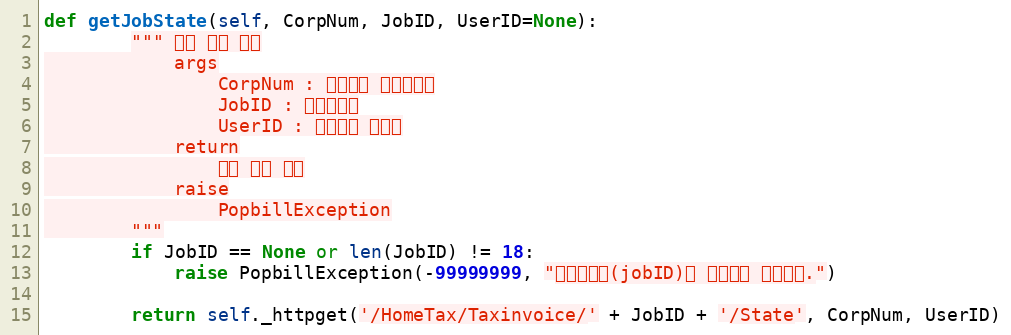
Language: Python
def getJobState(self, CorpNum, JobID, UserID=None):
        """ 수집 상태 확인
            args
                CorpNum : 팝빌회원 사업자번호
                JobID : 작업아이디
                UserID : 팝빌회원 아이디
            return
                수집 상태 정보
            raise
                PopbillException
        """
        if JobID == None or len(JobID) != 18:
            raise PopbillException(-99999999, "작업아이디(jobID)가 올바르지 않습니다.")

        return self._httpget('/HomeTax/Taxinvoice/' + JobID + '/State', CorpNum, UserID)